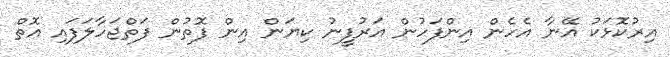
އިރުކޮޅަކު އޭނާ އެހެން އިންފަހުން އަރުފީނު ކިޔަން އިން ފޮތުން ފަތްޖަހާލަފައި އޮތް